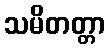
သမိတတ္တာ